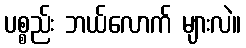
ပစ္စည်း ဘယ်လောက် များလဲ။